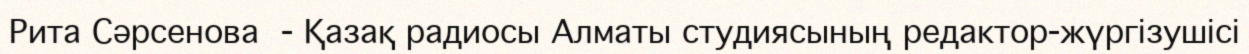
Рита Сәрсенова  - Қазақ радиосы Алматы студиясының редактор-жүргізушісі